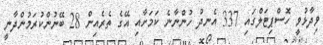
ވިދާޅުވީ ހޮސްޕިޓަލްގައި 337 އެނދު ހުންނާނެ ކަމަށާއި އޭގެ ތެރެއިން 28 ބޭނުންކުރަމުންދާނީ